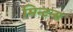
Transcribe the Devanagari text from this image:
मिन्टन्स